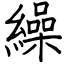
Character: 繰